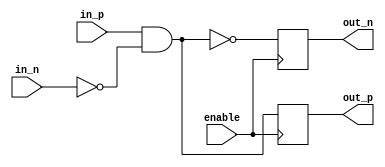
module differential_buffer(
    input wire in_p,
    input wire in_n,
    input wire enable,
    output reg out_p,
    output reg out_n
);

reg buffer_data;

always @(posedge enable) begin
    if (enable) begin
        out_p <= buffer_data;
        out_n <= ~buffer_data;
    end
end

assign buffer_data = in_p & ~in_n;

endmodule